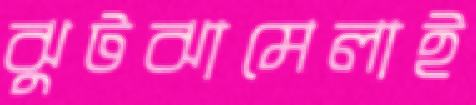
ঝুটঝামেলাই